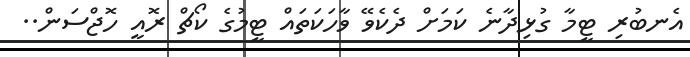
އެނބުރި ޓީމާ ގުޅިދާނެ ކަމަށް ދެކެވޭ ވާހަކަތައް ޓީމުގެ ކޯޗް ރޮއީ ހޮޖްސަން..